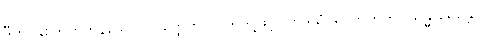
ဒွီဟိ၊ နှစ်ဘက်ကုန်သော။ ဟတ္ထေဟိ၊ လက်တို့ဖြင့်။ ဟဒယံ၊ ရင်ဘတ်ကို။ သန္ဓာရေန္တော၊